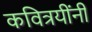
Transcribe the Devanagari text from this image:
कवित्रयींनी